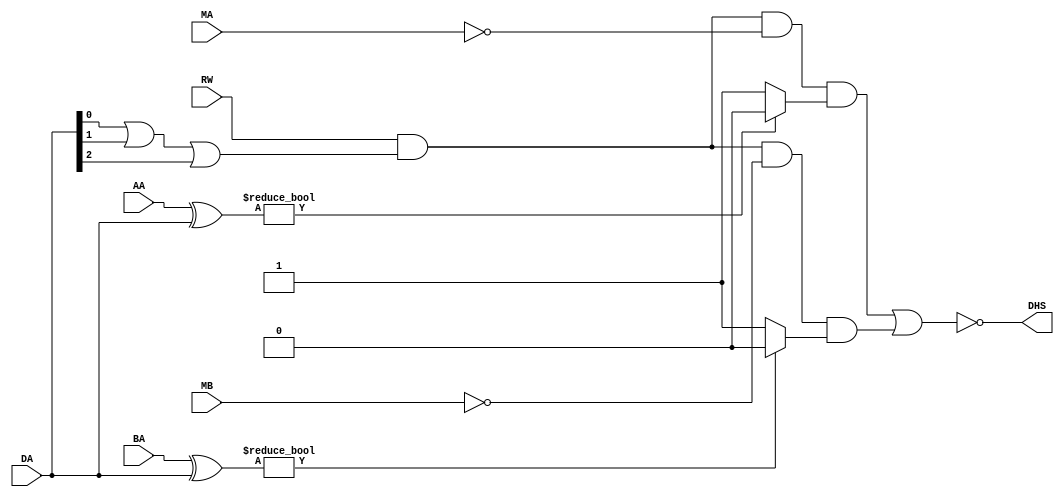
`timescale 1ns / 1ps
//////////////////////////////////////////////////////////////////////////////////
// Company: 
// Engineer: 
// 
// Design Name: 
// Module Name: datahazard
// Project Name: 
// Target Devices: 
// Tool Versions: 
// Description: 
// 
// Dependencies: 
// 
// Revision:
// Revision 0.01 - File Created
// Additional Comments:
// 
//////////////////////////////////////////////////////////////////////////////////


module datahazard(
input [2:0] AA,
input [2:0] BA,
input [2:0] DA,
input RW,
input MA,
input MB,
output DHS
    );
reg or_1,comp_1,comp_2,HA,HB;
always@(AA,BA,DA,RW,MA,MB)
begin    
or_1 = DA[0]|DA[1]|DA[2];

//comparator 1 
if (AA ^ DA)
    comp_1 = 1'b0;
else
    comp_1 = 1'b1;
 //comparator 2 
if (BA ^ DA)
    comp_2 = 1'b0;
else
    comp_2 = 1'b1; 
HA = RW & or_1 & ~MA & comp_1;
HB = RW & or_1 & ~MB & comp_2;    

 
end  
 
assign DHS = ~(HA | HB);
 
endmodule


module branchpredictor(
input [1:0] BS,
output B_D);
assign B_D = ~(BS[0] | BS [1]);
endmodule